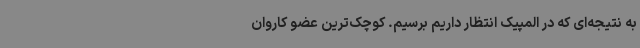
به نتیجه‌ای که در المپیک انتظار داریم برسیم. کوچک‌ترین عضو کاروان